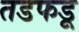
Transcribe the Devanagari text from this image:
तडफडू